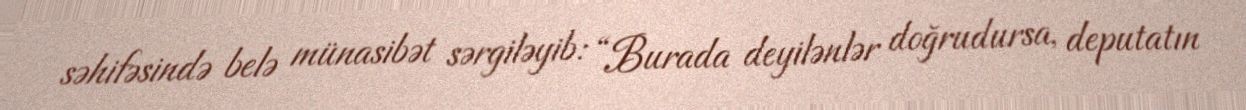
səhifəsində belə münasibət sərgiləyib: “Burada deyilənlər doğrudursa, deputatın